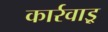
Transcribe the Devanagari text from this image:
कार्रवाइ्र्र